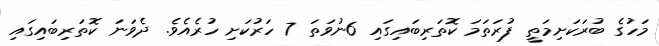
މަހުގެ ބުރަކަށިމަތީ ފުރަތަމަ ކޮތަރިބައިގައި 6ނުވަތަ 7 ހަރުކަށި ހުރެއެވެ. ދެވަނަ ކޮތަރިބައިގައި